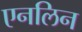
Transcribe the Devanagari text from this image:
एनलिन